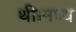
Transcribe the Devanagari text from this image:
थी।मध्य